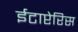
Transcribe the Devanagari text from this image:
ईटाप्टेरिस